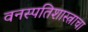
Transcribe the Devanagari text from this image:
वनस्पतिशास्त्राचा